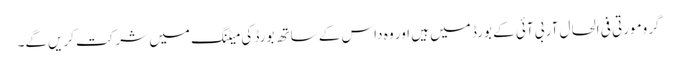
گرومورتی فی الحال آر بی آئی کے بورڈ میں ہیں اور وہ داس کے ساتھ بورڈ کی میٹنگ میں شرکت کریں‌گے۔